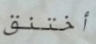
أختنق